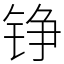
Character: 铮